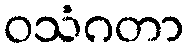
ဝသံဂတာ